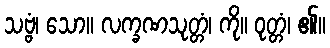
သဗ္ဗံ၊ သော။ လက္ခဏသုတ္တံ၊ ကို။ ဝုတ္တံ၊ ၏။